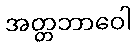
အတ္တဘာဝေါ